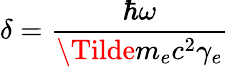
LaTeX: \delta=\frac{\hbar\omega}{\Tilde{m}_{e}c^{2}\gamma_{e}}